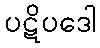
ပဋိပဒေါ